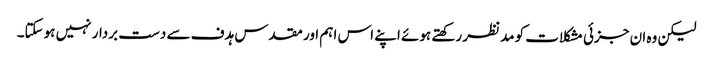
لیکن وہ ان جزئی مشکلات کو مدنظر رکھتے ہوئے اپنے اس اہم اور مقدس ہدف سے دست بردار نہیں ہوسکتا۔